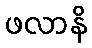
ဖလာနိ